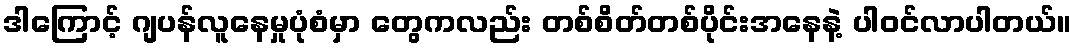
ဒါကြောင့် ဂျပန်လူနေမှုပုံစံမှာ တွေကလည်း တစ်စိတ်တစ်ပိုင်းအနေနဲ့ ပါဝင်လာပါတယ်။